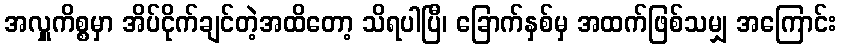
အလှူကိစ္စမှာ အိပ်ငိုက်ချင်တဲ့အထိတော့ သိရပါပြီ၊ ခြောက်နှစ်မှ အထက်ဖြစ်သမျှ အကြောင်း